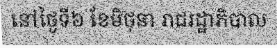
នៅថ្ងៃទី៦ ខែមិថុនា រាជរដ្ឋាភិបាល